Report on plague and inoculation in the Punjab from October 1st ... to September 30th..., being the ... season of plague in the province
Disease focus: Plague
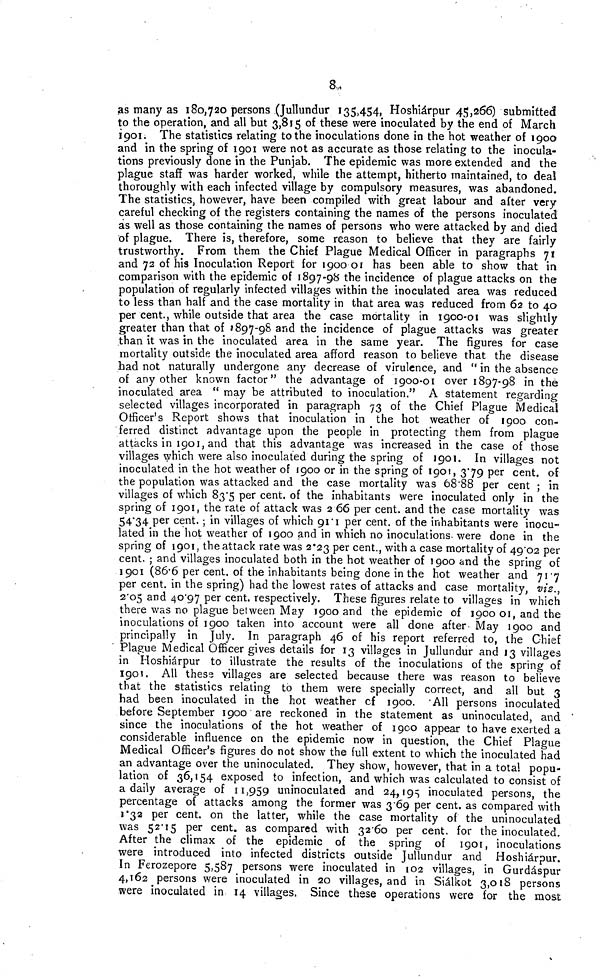
8,
as many as 180,720 persons .(Jullundur 135,454, Hoshiárpur 45,266) submitted
to the operation, and all but 3,815 of these were inoculated by the end of March
1901. The statistics relating to the inoculations done in the hot weather of 1900
and in the spring of 1901 were not as accurate as those relating to the inocula-
tions previously done in the Punjab. The epidemic was more extended and the
plague staff was harder worked, while the attempt, hitherto maintained, to deal
thoroughly with each infected village by compulsory measures, was abandoned.
The statistics, however, have been compiled with great labour and after very
careful checking of the registers containing the names of the persons inoculated
as well as those containing the names of persons who were attacked by and died
of plague. There is, therefore, some reason to believe that they are fairly
trustworthy. From them the Chief Plague Medical Officer in paragraphs 71
and 72 of his Inoculation Report for 1900 01 has been able to show that in
comparison with the epidemic of 1897-98 the incidence of plague attacks on the
population of regularly infected villages within the inoculated area was reduced
to less than half and the case mortality in that area was reduced from 62 to 40
per cent., while outside that area the case mortality in 1900-01 was slightly
greater than that of 1897-98 and the incidence of plague attacks was greater
than it was in the inoculated area in the same year. The figures for case
mortality outside the inoculated area afford reason to believe that the disease
had not naturally undergone any decrease of virulence, and " in the absence
of any other known factor" the advantage of 1900-01 over 1897-98 in the
inoculated area " may be attributed to inoculation. 3 ' A statement regarding
selected villages incorporated in paragraph 73 of the Chief Plague Medical
Officer's Report shows that inoculation in the hot weather of 1900 con-
ferred distinct advantage upon the people in protecting them from plague
attacks in 1901, and that this advantage was increased in the case of those
villages which were also inoculated during the spring of 1901. In villages not
inoculated in the hot weather of 1900 or in the spring of 1901, 379 per cent, of
the population was attacked and the case mortality was 68.88 per cent ; in
villages of which 83.5 per cent, of the inhabitants were inoculated only in the
spring of 1901, the rate of attack was 2 66 per cent, and the case mortality was
54.34 per cent. ; in villages of which 91.1 per cent, of the inhabitants were inocu-
lated in the hot weather of 1900 and in which no inoculations' were done in the
spring of 1901, the attack rate was 2.23 per cent., with a case mortality of 4902 per
cent. ; and villages inoculated both in the hot weather of 1900 and the spring of
1901 (86.6 per cent, of the inhabitants being done in the hot weather and 71.7
per cent, in the spring) had the lowest rates of attacks and case mortality, viz.,
2.05 and 40.97 per cent, respectively. These figures relate to villages in which
there was no plague between May 1900 and the epidemic of 1900 01, and the
inoculations of 1900 taken into account were all done after- May 1900 and
principally in July. In paragraph 46 of his report referred to, the Chief
Plague Medical Officer gives details for 13 villages in Jullundur and 13 villages
in Hoshiárpur to illustrate the results of the inoculations of the spring of
1901. All these villages are selected because there was reason to believe
that the statistics relating to them were specially correct, and all but 3
had been inoculated in the hot weather of 1900. All persons inoculated
before September 1900 are reckoned in the statement as uninoculated, and
since the inoculations of the hot weather of 1900 appear to have exerted a
considerable influence on the epidemic now in question, the Chief Plague
Medical Officer's figures do not show the full extent to which the inoculated had
an advantage over the uninoculated. They show, however, that in a total popu-
lation of 36,154 exposed to infection, and which was calculated to consist of
a daily average of 11,959 uninoculated and 24,195 inoculated persons, the
percentage of attacks among the former was 369 per cent, as compared with
1.32 per cent, on the latter, while the case mortality of the uninoculated
was 52.15 per cent, as compared with 3260 per cent, for the inoculated.
After the climax of the epidemic of the spring of 1901, inoculations
were introduced into infected districts outside Jullundur and Hoshiárpur.
In Ferozepore 5,587 persons were inoculated in 102 villages, in Gurdáspur
4,162 persons were inoculated in 20 villages, and in Siálkot 3,018 persons
were inoculated in 14 villages. Since these operations were for the most